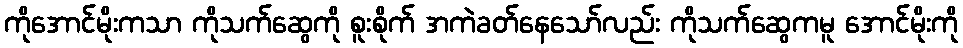
ကိုအောင်မိုးကသာ ကိုသက်ဆွေကို စူးစိုက် အကဲခတ်နေသော်လည်း ကိုသက်ဆွေကမူ အောင်မိုးကို